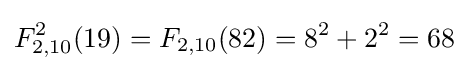
F_{2,10}^{2}(19)=F_{2,10}(82)=8^{2}+2^{2}=68